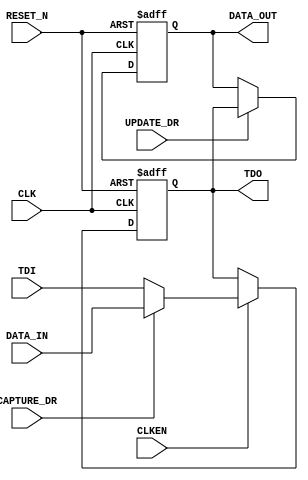
//   ==================================================================
//   >>>>>>>>>>>>>>>>>>>>>>> COPYRIGHT NOTICE <<<<<<<<<<<<<<<<<<<<<<<<<
//   ------------------------------------------------------------------
//   Copyright (c) 2006-2011 by Lattice Semiconductor Corporation
//   ALL RIGHTS RESERVED 
//   ------------------------------------------------------------------
//
//   IMPORTANT: THIS FILE IS AUTO-GENERATED BY THE LATTICEMICO SYSTEM.
//
//   Permission:
//
//      Lattice Semiconductor grants permission to use this code
//      pursuant to the terms of the Lattice Semiconductor Corporation
//      Open Source License Agreement.  
//
//   Disclaimer:
//
//      Lattice Semiconductor provides no warranty regarding the use or
//      functionality of this code. It is the user's responsibility to
//      verify the users design for consistency and functionality through
//      the use of formal verification methods.
//
//   --------------------------------------------------------------------
//
//                  Lattice Semiconductor Corporation
//                  5555 NE Moore Court
//                  Hillsboro, OR 97214
//                  U.S.A
//
//                  TEL: 1-800-Lattice (USA and Canada)
//                         503-286-8001 (other locations)
//
//                  web: http://www.latticesemi.com/
//
//   --------------------------------------------------------------------
//                         FILE DETAILS
// Project          : LatticeMico32
// Description:
//    This is one of the two types of cells that are used to create ER1/ER2
//    register bits.
// Dependencies     : None
// Version          : 6.1.17
//   The SHIFT_DR_CAPTURE_DR and ENABLE_ER1/2 signals of the
//   dedicate logic JTAG_PORT didn't act as what their names implied.
//   The SHIFT_DR_CAPTURE_DR actually acts as SHIFT_DR.
//   The ENABLE_ER1/2 actually acts as SHIFT_DR_CAPTURE_DR.
//   These had caused a lot of headaches for a long time and now they are
//   fixed by:
//   (1) Use SHIFT_DR_CAPTURE_DR and ENABLE_ER1/2 to create
//       CAPTURE_DR for all typeA, typeB bits in the ER1, ER2 registers.
//   (2) Use ENABLE_ER1 or the enESR, enCSR, enBAR (these 3 signals
//       have the same waveform of ENABLE_ER2) directly to be the CLKEN
//       of all typeA, typeB bits in the ER1, ER2 registers.
//   (3) Modify typea.vhd to use only UPDATE_DR signal for the clock enable
//       of the holding flip-flop.
//   These changes caused ispTracy.vhd and cge.dat changes and the new
//   CGE.exe version will be 1.3.5.
// Version          : 7.0SP2, 3.0
//                  : No Change
// Version          : 3.1
//                  : No Change
// =============================================================================
module TYPEA(
      input CLK,
      input RESET_N,
      input CLKEN,
      input TDI,
      output TDO,
      output reg DATA_OUT,
      input DATA_IN,
      input CAPTURE_DR,
      input UPDATE_DR
   );
  
  reg tdoInt;


  always @ (negedge CLK or negedge RESET_N)
  begin
      if (RESET_N == 1'b0)
         tdoInt <= #1 1'b0;
      else if (CLK == 1'b0)
         if (CLKEN == 1'b1)
            if (CAPTURE_DR == 1'b0)
               tdoInt <= #1 TDI;
            else
               tdoInt <= #1 DATA_IN;
  end

   assign TDO = tdoInt;

  always @ (negedge CLK or negedge RESET_N)
   begin
      if (RESET_N == 1'b0)
         DATA_OUT <= #1 1'b0;
      else if (CLK == 1'b0)
         if (UPDATE_DR == 1'b1)
            DATA_OUT <= #1 tdoInt;
   end
endmodule